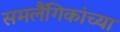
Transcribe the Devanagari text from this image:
समलैंगिकांच्या